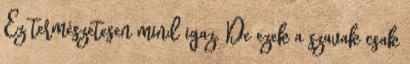
Ez természetesen mind igaz. De ezek a szavak csak